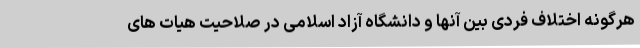
هرگونه اختلاف فردی بین آنها و دانشگاه آزاد اسلامی در صلاحیت هیات های